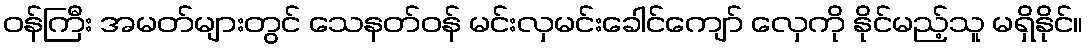
ဝန်ကြီး အမတ်များတွင် သေနတ်ဝန် မင်းလှမင်းခေါင်ကျော် လှေကို နိုင်မည့်သူ မရှိနိုင်။